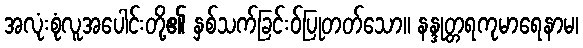
အလုံးစုံလူအပေါင်းတို့၏ နှစ်သက်ခြင်းဝ်ပြုတတ်သော။ နန္ဒုတ္တရကုမာရေနာမ၊